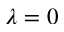
\lambda = 0